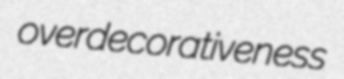
overdecorativeness